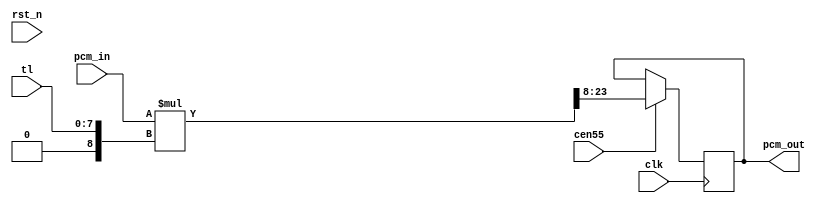
/* This file is part of JT12.


    JT12 program is free software: you can redistribute it and/or modify
    it under the terms of the GNU General Public License as published by
    the Free Software Foundation, either version 3 of the License, or
    (at your option) any later version.

    JT12 program is distributed in the hope that it will be useful,
    but WITHOUT ANY WARRANTY; without even the implied warranty of
    MERCHANTABILITY or FITNESS FOR A PARTICULAR PURPOSE.  See the
    GNU General Public License for more details.

    You should have received a copy of the GNU General Public License
    along with JT12.  If not, see <http://www.gnu.org/licenses/>.

    Author: Jose Tejada Gomez. Twitter: @topapate
    Version: 1.0
    Date: 21-03-2019
*/

// Gain is assumed to be 0.75dB per bit.

module jt10_adpcmb_gain(
    input                    rst_n,
    input                    clk,        // CPU clock
    input                    cen55,
    input             [ 7:0] tl,         // ADPCM Total Level
    input      signed [15:0] pcm_in,
    output reg signed [15:0] pcm_out
);

wire signed [15:0] factor = {8'd0, tl};
wire signed [31:0] pcm_mul = pcm_in * factor; // linear gain

always @(posedge clk) if(cen55)
    pcm_out <= pcm_mul[23:8];

endmodule // jt10_adpcm_gain